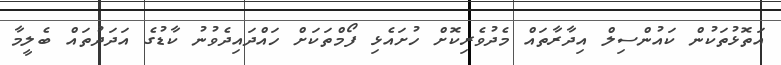
އަތޮޅުތަކުން ކައުންސިލް އިދާރާތައް މެދުވެރިކޮށް ހުށައެޅި ފޯމްތަކަށް ހައްދައިދެވުނު ކާޑުގެ އަދަދުތައް ބެލީމާ